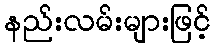
နည်းလမ်းများဖြင့်